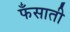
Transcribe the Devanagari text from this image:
फँसाती